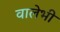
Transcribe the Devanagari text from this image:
वालेभी